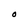
Character: O